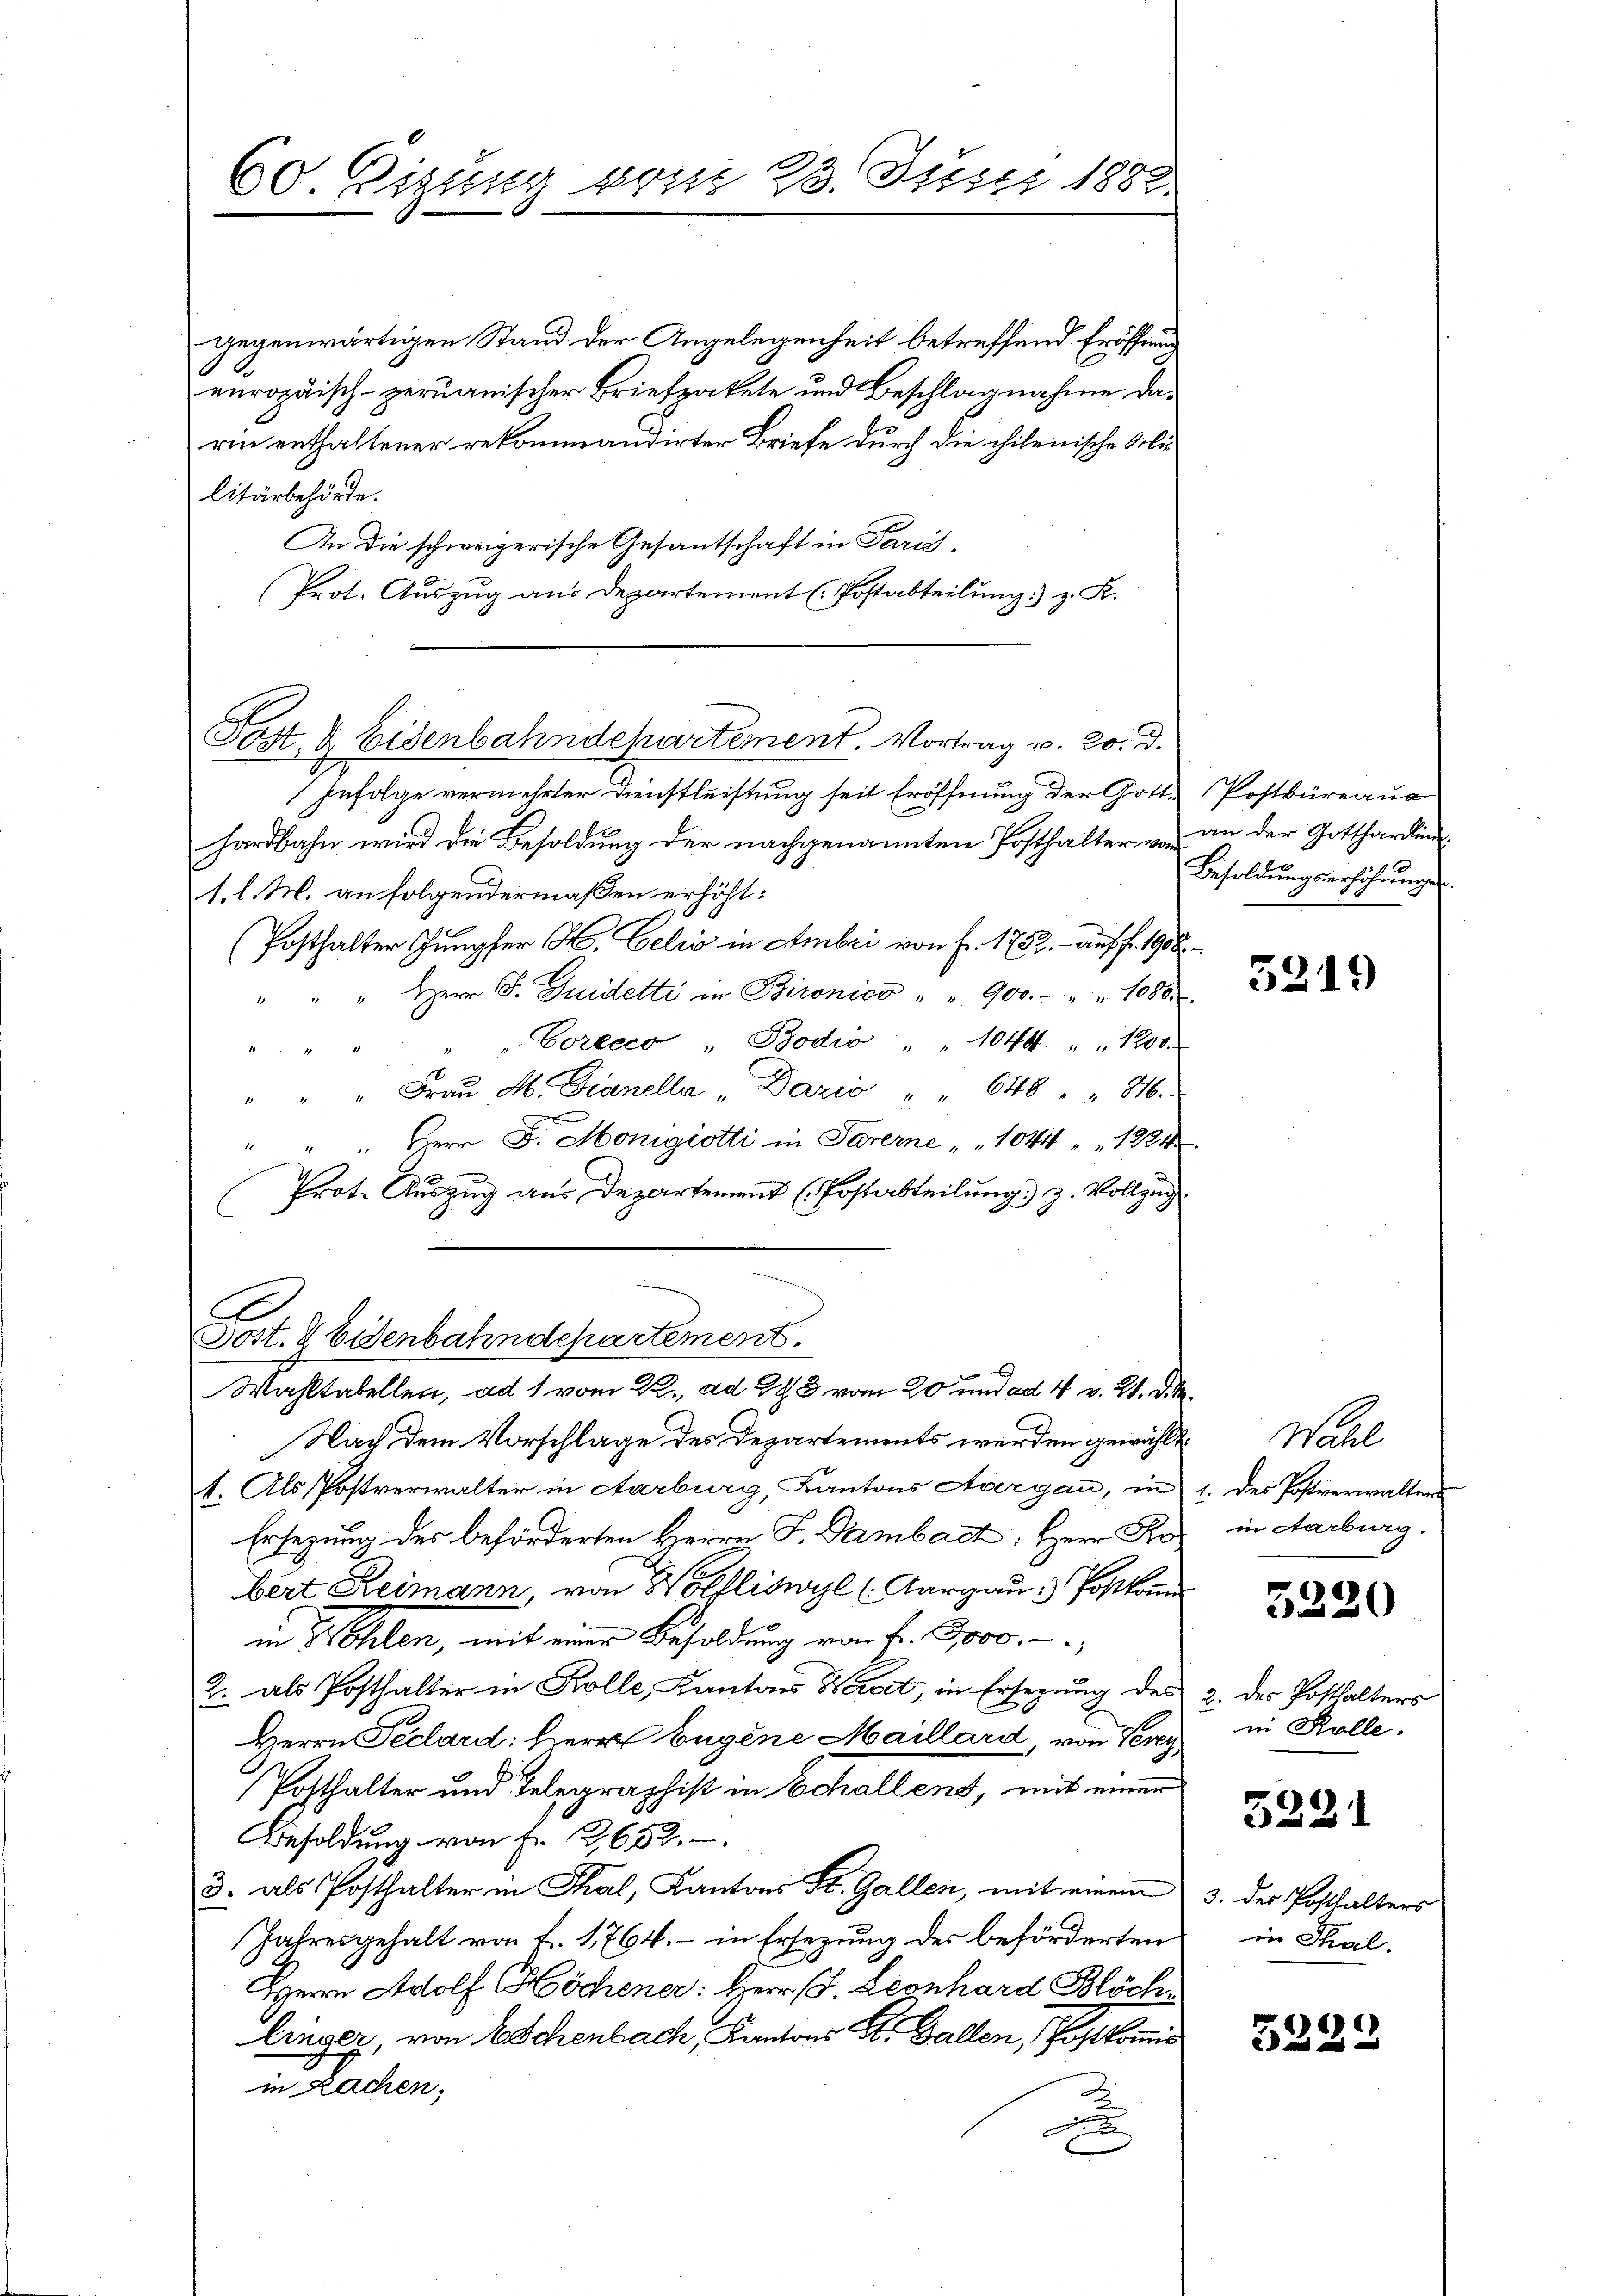
gegenwärtigen Stand der Angelegenheit betreffend Eröffnung
europäisch-peruanischer Briefpakete und Beschlagnahme darie enthaltener rekommandirter Briefe durch die chilenische Militärbehörde.
An die schweizerische Gesantschaft in Paris-
Prot. Auszug aus Departement (Postabteilung) z. K.

60 Eigung vom 23. Justi 1882.

Post & Eisenbahndepartement. Vortrag v. 20. d.

Infolge vermehrter Dienstleistung seit Eröffnung der Gott-Postbüreaua
hardbahn wird die Besoldung der nachgenannten Posthalter von an der Gottharding
1. l. M. an folgendermaßen erhöht:
(Posthalter Jungfer A. Celii in Ambri von Fr. 1752. - Auff. 1908.
" Herr J. Guidetti in Bironico " 900.- " " 1080.
" " " " " Coreeco "Bodio " " 1044 " " 1200.
" " " Fraŭ M. Dcanella Dazić " " 648 " " 846.
" " " Herr F. Monigiotti in Parerne " " 1044 " " 1224
Prote Auszug aus Departement (Postabteilung) z. Vollzug
C
x

Sost. 2 bienbahndepartement
Wahltabellen, ad 1 vom 22., ad 293 vom 20 und ad 4 v. 21. d. M.

Nach dem Vorschlage des Departements werden gewählt
1. Als Postverwalter in Aarburg, Kantons Aargau, in 1. des Postverwalters
Ersezung des beförderten Herrn F. Dambact: Herr Probert Reimann, von Wölfliswyl (Aargau) Postkan
in der Ehelen, mit einer Besoldung von Fr. Joso,
2. als Posthalter in Kolle, Kantons Waadt, in Ersezung des
Herrn Peclard: Herrn Eugene Maillard, von Terey
Posthalter und Telegraphist in Schallens, mit einer
Besoldung von Fr. 12,652.
3. als Posthalter in Thal, Kantons St. Gallen, mit einem
Jahresgehalt von fr. 1764. – in Ersezung des beförderten
Herrn Adolf Höchener: Herr P. Leonhard Blöch
linger, von 6 Schenbach, Kantons St. Gallen, Postkomis
in Lachen.
x

Besoldungserhöhungen.

5319

Wahl
in Aarburg.

5220

2. des Posthalters
in Kolle.

5221

3. der Posthalters
in Thal.

3229